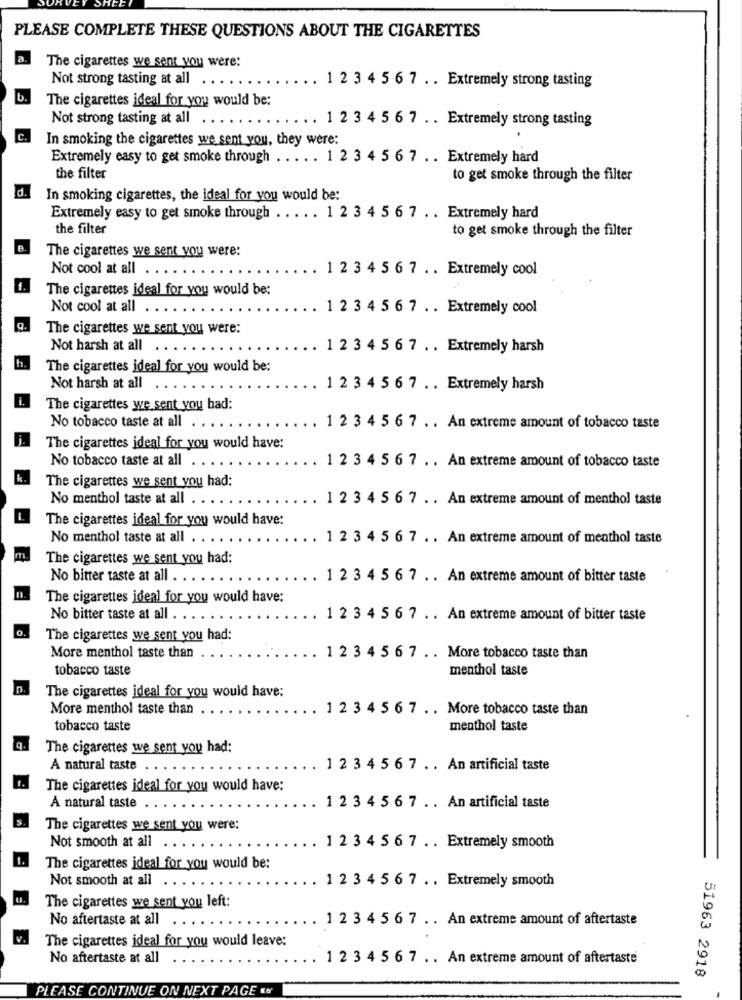
PLEASE COMPLETE THESE QUESTIONS ABOUT THE CIGARETTES
The cigarettes we sent you were:
Not strong tasting at all
1 2 3 4 5 6 7 . . Extremely strong tasting
The cigarettes ideal for you would be:
Not strong tasting at all
..... 1 2 3 4 5 6 7 . . Extremely strong tasting
c.
In smoking the cigarettes we sent you, they were:
Extremely easy to get smoke through . ... . 1 2 3 4 5 6 7 .. Extremely hard
the filter
to get smoke through the filter
In smoking cigarettes, the ideal for you would be:
Extremely easy to get smoke through ..... 1 2 3 4 5 6 7 .. Extremely hard
the filter
to get smoke through the filter
The cigarettes we sent you were:
Not cool at all
1 2 3 4 5 6 7 . . Extremely cool
The cigarettes ideal for you would be:
Not cool at all ..
1 2 3 4 5 6 7 . . Extremely cool
The cigarettes we sent you were:
Not harsh at all
1 2 3 4 5 6 7 . . Extremely harsh
The cigarettes ideal for you would be:
Not harsh at all
1 2 3 4 5 6 7 . . Extremely harsh
The cigarettes we sent you had:
No tobacco taste at all ..
. 1 2 3 4 5 6 7 .. An extreme amount of tobacco taste
The cigarettes ideal for you would have:
No tobacco taste at all
1 2 3 4 5 6 7 .. An extreme amount of tobacco taste
The cigarettes we sent you had:
No menthol taste at all .
1 2 3 4 5 6 7 .. An extreme amount of menthol taste
The cigarettes ideal for you would have:
No menthol taste at all . .
1 2 3 4 5 6 7 . . An extreme amount of menthol taste
The cigarettes we sent you had:
No bitter taste at all ... .
1 2 3 4 5 6 7 .. An extreme amount of bitter taste
The cigarettes ideal for you would have:
No bitter taste at all ... .
1 2 3 4 5 6 7 . . An extreme amount of bitter taste
The cigarettes we sent you had:
More menthol taste than
1 2 3 4 5 6 7 . . More tobacco taste than
tobacco taste
menthol taste
The cigarettes ideal for you would have:
More menthol taste than
1 2 3 4 5 6 7 .. More tobacco taste than
tobacco taste
menthol taste
The cigarettes we sent you had:
A natural taste . . . .
. 1 2 3 4 5 6 7 . . An artificial taste
The cigarettes ideal for you would have:
A natural taste . .
1 2 3 4 5 6 7 . . An artificial taste
The cigarettes we sent you were:
Not smooth at all .....
1 2 3 4 5 6 7 .. Extremely smooth
The cigarettes ideal for you would be:
Not smooth at all . .
1 2 3 4 5 6 7 . . Extremely smooth
The cigarettes we sent you left:
No aftertaste at all
1 2 3 4 5 6 7 .. An extreme amount of aftertaste
The cigarettes ideal for you would leave:
No aftertaste at all
1 2 3 4 5 6 7 .. An extreme amount of aftertaste
51963 2918
PLEASE CONTINUE ON NEXT PAGE ««